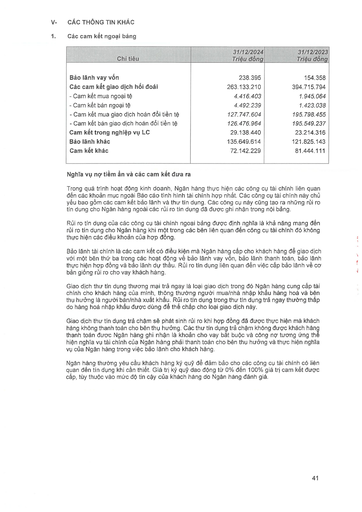
|Chỉ tiêu|31/12/2024 Triệu đồng|31/12/2023 Triệu đồng| |---|---|---| |Bảo lãnh vay vốn|238.395|154.358| |Các cam kết giao dịch hối đoái|263.133.210|394.715.794| |Cam kết mua ngoại tệ|4.416.403|1.945.064| |Cam kết bán ngoại tệ|4.492.239|1.423.038| |Cam kết mua giao dịch hoán đổi tiền tệ|127.747.604|195.798.455| |Cam kết bán giao dịch hoán đổi tiền tệ|126.476.964|195.549.237| |Cam kết trong nghiệp vụ LC|29.138.440|23.214.316| |Bảo lãnh khác|135.649.614|121.825.143| |Cam kết khác|72.142.229|81.444.111|